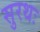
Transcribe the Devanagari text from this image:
सुरथः